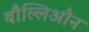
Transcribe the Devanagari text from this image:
बौल्लिऔन